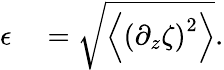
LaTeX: \begin{array}{rl}{\epsilon}&{{}=\sqrt{\left\langle\left(\partial_{z}\zeta\right)^{2}\right\rangle}.}\end{array}